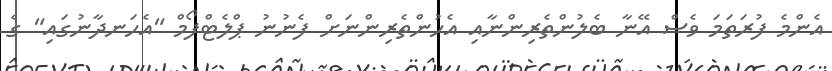
އެންމެ ފުރަތަމަ ވެސް އޭނާ ބެލުންތެރިންނާއި އެހުންތެރިންނަށް ފެނުނު ޕްލެޓްފޯމް "އެހަނދާނުގައި" ގެ